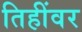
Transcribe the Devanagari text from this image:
तिहींवर